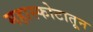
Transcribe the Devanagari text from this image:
महास्फोटातून